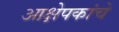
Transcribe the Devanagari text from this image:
आक्षेपकांचे